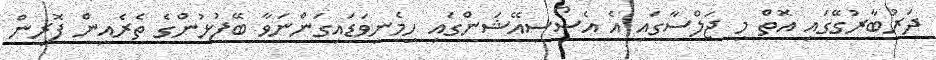
ދަރުބާރުގޭގައި އޮތް މި ޖަލްސާގައި އެ އެސޯސިއޭޝަންގައި ހިމެނިވަޑައިގަންނަވާ ބޭފުޅުންގެ ތެރެއިން ފޮރިން